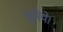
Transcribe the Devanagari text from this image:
चुनिये।